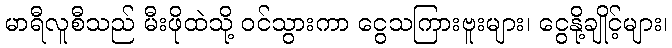
မာရီလူစီသည် မီးဖိုထဲသို့ ဝင်သွားကာ ငွေသကြားဗူးများ၊ ငွေနို့ချိုင့်များ၊